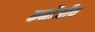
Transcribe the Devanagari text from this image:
कनौजीय